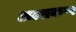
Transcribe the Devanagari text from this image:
अल्लकप्प